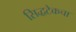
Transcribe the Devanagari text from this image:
सिद्धटेकचा